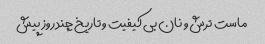
ماست ترش و نان بی کیفیت و تاریخ چند روز پیش